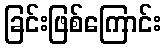
ခြင်းဖြစ်ကြောင်း